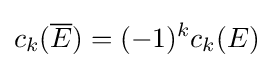
c_{k}({\overline {E}})=(-1)^{k}c_{k}(E)